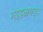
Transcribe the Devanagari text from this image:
गड्डमगड्ड